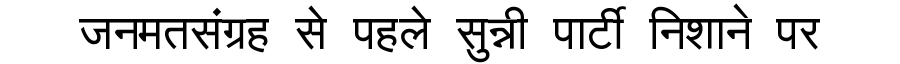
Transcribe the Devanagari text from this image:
जनमतसंग्रह से पहले सुन्नी पार्टी निशाने पर